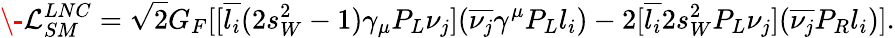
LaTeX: \- \mathit{\mathcal{L}}_{SM}^{LNC}=\sqrt{2}G_{F}[[\overline{{{l_{i}}}}(2s_{W}^{2}-1)\gamma_{\mu}P_{L}\nu_{j}](\overline{{{\nu_{j}}}}\gamma^{\mu}P_{L}l_{i})-2[\overline{{{l_{i}}}}2s_{W}^{2}P_{L}\nu_{j}](\overline{{{\nu_{j}}}}P_{R}l_{i})].